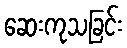
ဆေးကုသခြင်း